Bombay plague: being a history of the progress of plague in the Bombay presidency from September 1896 to June 1899
Year: 1896
Disease focus: Plague
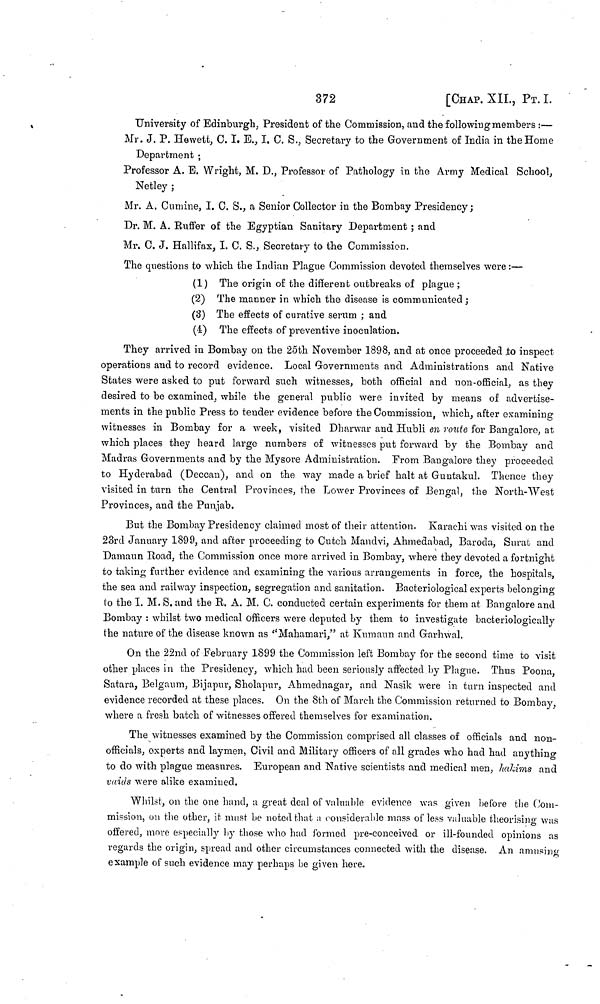
372
[CHAP. XII., PT. I.
University of Edinburgh, President of the Commission, and the following members :—
Mr. J. P. Hewett, C. I. E., I. C. S., Secretary to the Government of India in the Home
Department ;
Professor A. E. Wright, M. D., Professor of Pathology in the Army Medical School,
Netley ;
Mr. A. Cumine, I. C. S., a Senior Collector in the Bombay Presidency;
Dr. M. A. Ruffer of the Egyptian Sanitary Department ; and
Mr. C. J. Hallifax, I. C. S., Secretary to the Commission.
The questions to which the Indian Plague Commission devoted themselves were:—
(1) The origin of the different outbreaks of plague ;
(2) The manner in which the disease is communicated;
(3) The effects of curative serum ; and
(4) The effects of preventive inoculation.
They arrived in Bombay on the 25th November 1898, and at once proceeded to inspect
operations and to record evidence. Local Governments and Administrations and Native
States were asked to put forward such witnesses, both official and non-official, as they
desired to be examined, while the general public were invited by means of advertise-
ments in the public Press to tender evidence before the Commission, which, after examining
witnesses in Bombay for a week, visited Dharwar and Hubli en route for Bangalore, at
which places they heard large numbers of witnesses put forward by the Bombay and
Madras Governments and by the Mysore Administration. From Bangalore they proceeded
to Hyderabad (Deccan), and on the way made a brief halt at Guntakul. Thence they
visited in turn the Central Provinces, the Lower Provinces of Bengal, the North-West
Provinces, and the Punjab.
But the Bombay Presidency claimed most of their attention. Karachi was visited on the
23rd January 1899, and after proceeding to Cutch Mandvi, Ahmedabad, Baroda, Surat and
Damaun Road, the Commission once more arrived in Bombay, where they devoted a fortnight
to taking further evidence and examining the various arrangements in force, the hospitals,
the sea and railway inspection, segregation and sanitation. Bacteriological experts belonging
to the I. M. S. and the R. A. M. C. conducted certain experiments for them at Bangalore and
Bombay : whilst two medical officers were deputed by them to investigate bacteriologically
the nature of the disease known as "Mahamari," at Kumaun and Garhwal.
On the 22nd of February 1899 the Commission left Bombay for the second time to visit
other places in the Presidency, which had been seriously affected by Plague. Thus Poona,
Satara, Belgaum, Bijapur, Sholapur, Ahmednagar, and Nasik were in turn inspected and
evidence recorded at these places. On the 8th of March the Commission returned to Bombay,
where a fresh batch of witnesses offered themselves for examination.
The witnesses examined by the Commission comprised all classes of officials and non-
officials, experts and laymen, Civil and Military officers of all grades who had had anything
to do with plague measures. European and Native scientists and medical men, hakims and
vaids were alike examined.
Whilst, on the one hand, a great deal of valuable evidence was given before the Com-
mission, on the other, it must bo noted that a considerable mass of less valuable theorising was
offered, more especially by those who had formed pre-conceived or ill-founded opinions as
regards the origin, spread and other circumstances connected with the disease. An amusing
example of such evidence may perhaps be given here.